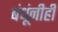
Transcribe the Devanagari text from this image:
बंधूंनीही